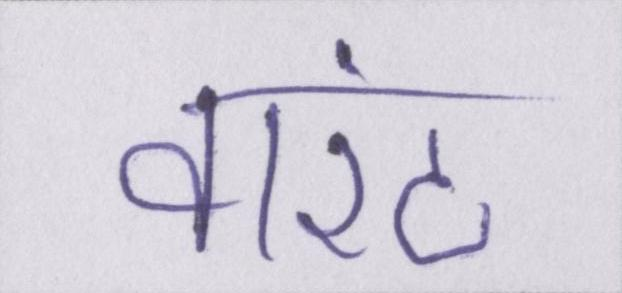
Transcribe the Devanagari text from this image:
वारंट